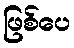
ဖြစ်ပေ